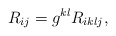
\begin{align*} R_{ij} = g^{kl} R_{iklj},\end{align*}